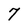
Character: 7